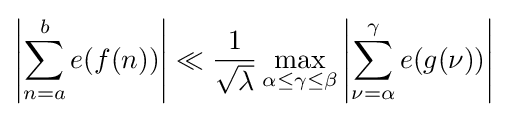
\left\vert {\sum _{n=a}^{b}e(f(n))}\right\vert \ll {\frac {1}{\sqrt {\lambda }}}\max _{\alpha \leq \gamma \leq \beta }\left\vert {\sum _{\nu =\alpha }^{\gamma }e(g(\nu ))}\right\vert \